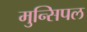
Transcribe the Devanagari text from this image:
मुन्सिपल